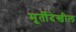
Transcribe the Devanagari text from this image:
मूर्तीदेखील